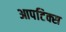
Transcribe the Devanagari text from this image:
आपटिक्स